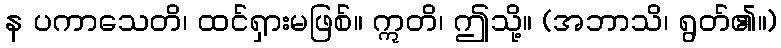
န ပကာသေတိ၊ ထင်ရှားမဖြစ်။ ဣတိ၊ ဤသို့။ (အဘာသိ၊ ရွတ်၏။)